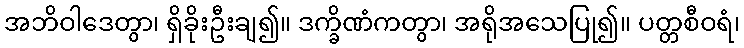
အဘိဝါဒေတွာ၊ ရှိခိုးဦးချ၍။ ဒက္ခိဏံကတွာ၊ အရိုအသေပြု၍။ ပတ္တစီဝရံ၊